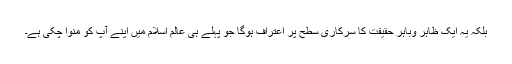
بلکہ یہ ایک ظاہر وباہر حقیقت کا سرکاری سطح پر اعتراف ہوگا جو پہلے ہی عالم اسلام میں اپنے آپ کو منوا چکی ہے۔